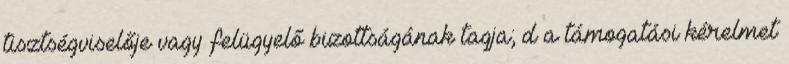
tisztségviselője vagy felügyelő bizottságának tagja; d a támogatási kérelmet